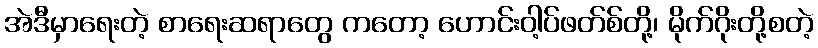
အဲဒီမှာရေးတဲ့ စာရေးဆရာတွေ ကတော့ ဟောင်းဝါ့ပ်ဖတ်စ်တို့၊ မိုက်ဂိုးတို့စတဲ့